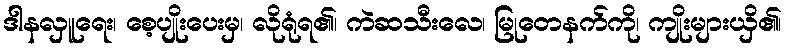
ဒါနလှူရေး၊ စေ့ပျိုးပေးမှ၊ လိုရုံရ၏၊ ကဲဆသီးလေ၊ မြုတေနက်ကို၊ ကျိုးများယှိ၏၊